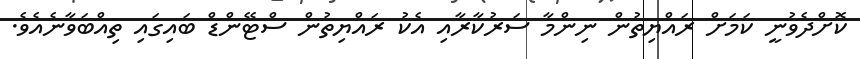
ކޮށްދެވުނީ ކަމަށް ރައްޔިތުން ނިންމާ ސަރުކާރާއި އެކު ރައްޔިތުން ސްޓޭންޑް ބައިގައި ތިއްބަވާނެއެވެ.